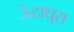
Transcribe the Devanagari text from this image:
ऊंटाधुरा